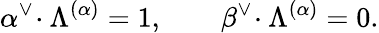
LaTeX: \alpha^{\vee}\! \cdot\Lambda^{(\alpha)}=1,\qquad\beta^{\vee}\! \cdot\Lambda^{(\alpha)}=0.